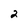
Character: 2